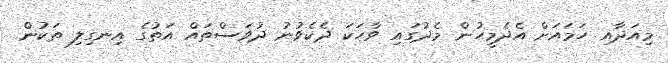
މިއަދާއި ހަމައަށް އެދެމީހުން މެދުގައި ވާހަކަ ދެކެވުނު ދުވަސްތައް އަތުގެ އިނގިލި ތަކުން